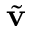
\widetilde { { \mathbf v } }